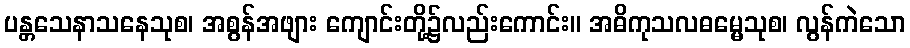
ပန္တသေနာသနေသုစ၊ အစွန်အဖျား ကျောင်းတို့၌လည်းကောင်း။ အဓိကုသလဓမ္မေသုစ၊ လွန်ကဲသော